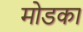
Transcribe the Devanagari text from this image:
मोडका